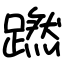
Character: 蹨